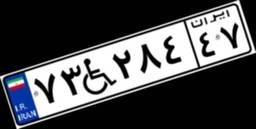
۹۷W۷۷۵۲۲